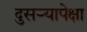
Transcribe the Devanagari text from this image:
दुसऱ्यापेक्षा